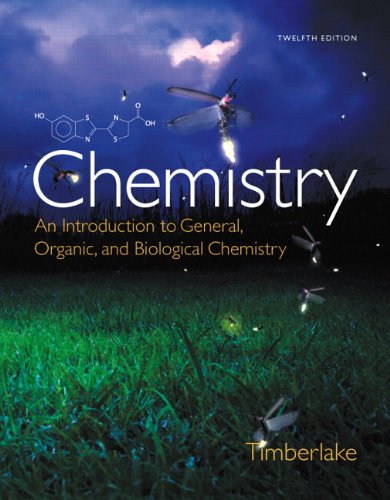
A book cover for Chemistry: An Introduction to General, Organic, and Biological Chemistry (12th Edition); Karen C. Timberlake; Science & Math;